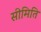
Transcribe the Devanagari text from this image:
सीमिति